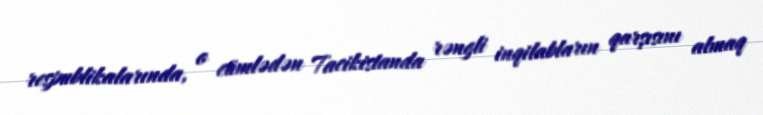
respublikalarında, o cümlədən Tacikistanda rəngli inqilabların qarşısını almaq